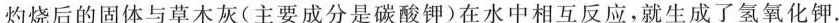
灼烧后的固体与草木灰(主要成分是碳酸钾)在水中相互反应，就生成了氢氧化钾.